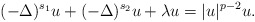
\begin{align*} (-\Delta)^{s_1} u +(-\Delta)^{s_2} u + \lambda u=|u|^{p-2} u.\end{align*}